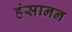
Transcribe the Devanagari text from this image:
हंसानन